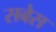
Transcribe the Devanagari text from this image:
सबेस